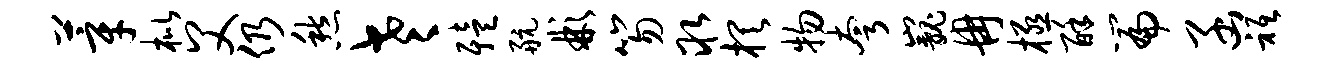
莘枇父仍愁老殪航彬笏取棋物夸巍冉极酥篇函只